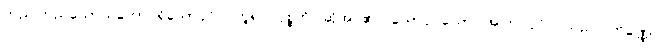
တည်ကြည်သောသဘော ရှိသောပုဂ္ဂိုလ်ဟူ၍။ ဝုစ္စတိ၊ ဆိုအပ်၏။ ယောပုဂ္ဂလော၊ အကြင်ပုဂ္ဂိုလ်သည်။ တိဏ္ဏော၊